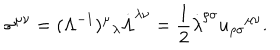
\sigma ^ { \mu \nu } = ( \Lambda ^ { - 1 } ) ^ { \mu } \hspace { 0 . 1 m m } _ { \lambda } \dot { \Lambda } ^ { \lambda \nu } = \frac { 1 } { 2 } \dot { \lambda } ^ { \rho \sigma } u _ { \rho \sigma } \hspace { 0 . 1 m m } ^ { \mu \nu } .